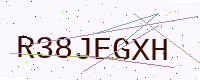
Text: R38JEGXH